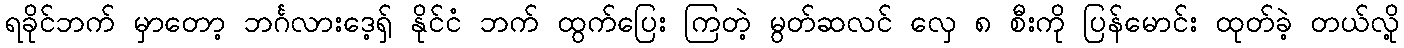
ရခိုင်ဘက် မှာတော့ ဘင်္ဂလားဒေ့ရှ် နိုင်ငံ ဘက် ထွက်ပြေး ကြတဲ့ မွတ်ဆလင် လှေ ၈ စီးကို ပြန်မောင်း ထုတ်ခဲ့ တယ်လို့